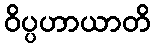
ဝိပ္ပဟာယာတိ